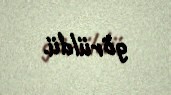
görüldü.